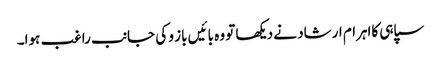
سپاہی کااہرام ارشاد نے دیکھا تو وہ بائیں باز و کی جانب راغب ہوا۔